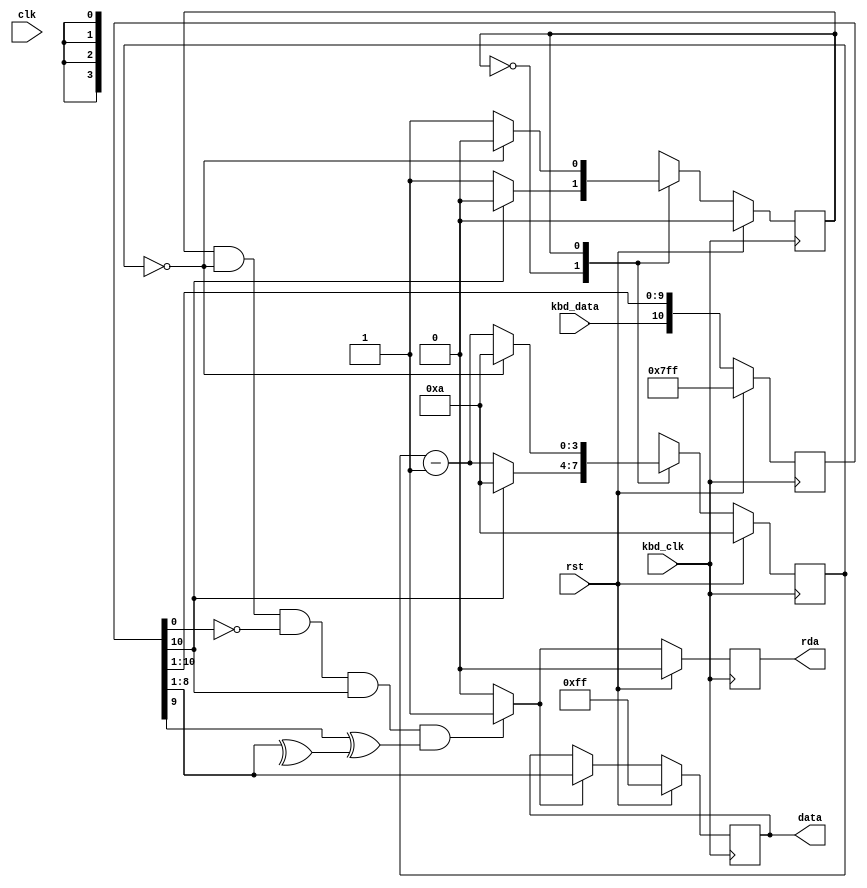
module keyboard(
	input clk, input rst, 
	input kbd_data, kbd_clk,
	output reg rda,
	output reg [7:0] data
	);

	localparam WAIT_ZERO = 1'b0;
	localparam FOUND_ZERO = 1'b1;

	reg [10:0] shiftreg;
	wire [7:0] next_data;
	reg [3:0] cnt, next_cnt;
	reg state, next_state;
	wire next_rda, parity;

	// Shift in new data at the falling edge of the KEYBOARD CLK
	always @(negedge kbd_clk) begin
		if (rst) begin
			data <= 8'hFF;
			rda <= 1'b0;
			shiftreg <= 11'hFFF;
			cnt <= 4'd10;
			state <= WAIT_ZERO;
		end else begin
			data <= next_data;
			rda <= next_rda;
			shiftreg <= {kbd_data, shiftreg[10:1]};
			cnt <= next_cnt;
			state <= next_state;
		end
	end

	always @(*) begin
		case (state)
			WAIT_ZERO:begin
				if (shiftreg[10] == 1'b0) begin
					next_state = FOUND_ZERO;
					next_cnt = cnt - 1;
				end else begin
					next_state = WAIT_ZERO;
					next_cnt = 4'd10;
				end
			end
			FOUND_ZERO:begin
				next_state = FOUND_ZERO;
				next_cnt = cnt - 1;
				if (cnt == 0) begin
					next_state = WAIT_ZERO;
					next_cnt = 4'd10;
				end
			end
		endcase
	end

	// Parsing logic here to detect if shift reg has "start, data, parity, stop"
	assign valid_data = ( (state==FOUND_ZERO) && (cnt==0) && (shiftreg[0] == 1'b0) && (shiftreg[10]	== 1'b1) && (shiftreg[9] ^ parity) ) ? 1'b1 : 1'b0;

	assign next_rda = valid_data;

	assign parity = (^shiftreg[8:1]);
	assign next_data = (next_rda ? shiftreg[8:1] : data);
	
endmodule